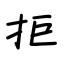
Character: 拒